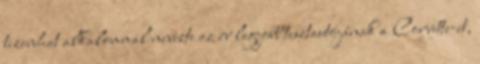
tizenhat alkalommal nevezte az év legjobb tesztautójának a Corvette-et,